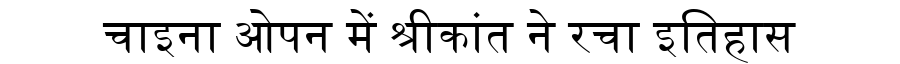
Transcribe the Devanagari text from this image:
चाइना ओपन में श्रीकांत ने रचा इतिहास